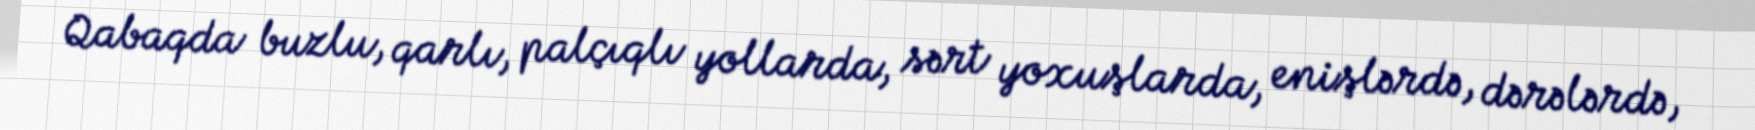
Qabaqda buzlu, qarlı, palçıqlı yollarda, sərt yoxuşlarda, enişlərdə, dərələrdə,